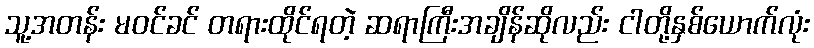
သူ့အတန်း မဝင်ခင် တရားထိုင်ရတဲ့ ဆရာကြီးအချိန်ဆိုလည်း ငါတို့နှစ်ယောက်လုံး